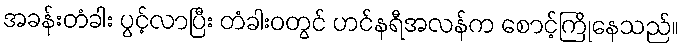
အခန်းတံခါး ပွင့်လာပြီး တံခါးဝတွင် ဟင်နရီအလန်က စောင့်ကြိုနေသည်။